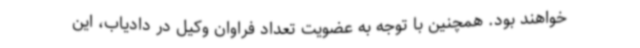
خواهند بود. همچنین با توجه به عضویت تعداد فراوان وکیل در دادیاب، این